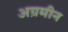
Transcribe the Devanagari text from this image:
अग्रमीन